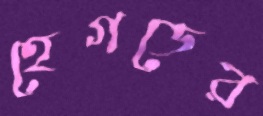
হেগডের